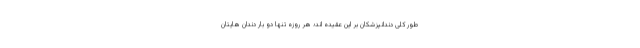
طور کلی دندانپزشکان بر این عقیده اند؛ هر روزه تنها دو بار دندان هایتان